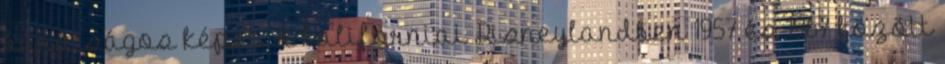
barátságos képet. A kaliforniai Disneylandben 1957 és 1967 között